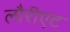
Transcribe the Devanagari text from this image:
लौरीएट